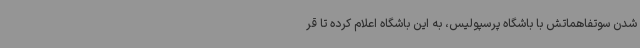
شدن سوتفاهماتش با باشگاه پرسپولیس، به این باشگاه اعلام کرده تا قر